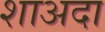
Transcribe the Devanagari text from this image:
शाअदा